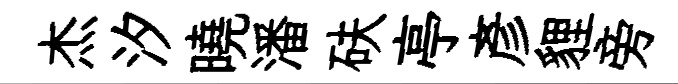
杰汐曉潘砆亭彥貍旁